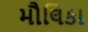
મૌલિકા